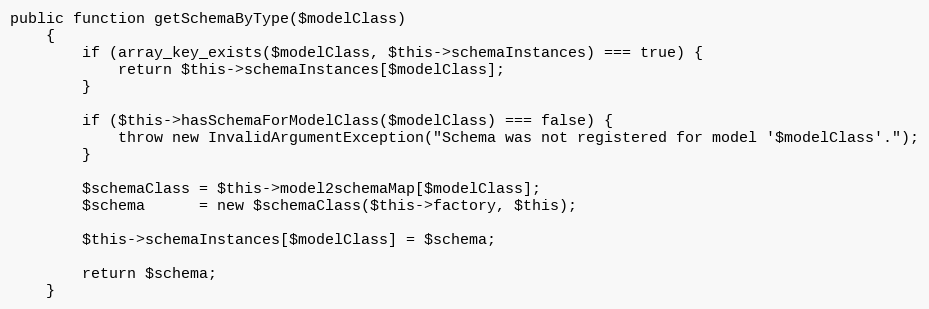
Language: PHP
public function getSchemaByType($modelClass)
    {
        if (array_key_exists($modelClass, $this->schemaInstances) === true) {
            return $this->schemaInstances[$modelClass];
        }

        if ($this->hasSchemaForModelClass($modelClass) === false) {
            throw new InvalidArgumentException("Schema was not registered for model '$modelClass'.");
        }

        $schemaClass = $this->model2schemaMap[$modelClass];
        $schema      = new $schemaClass($this->factory, $this);

        $this->schemaInstances[$modelClass] = $schema;

        return $schema;
    }